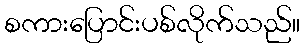
စကားပြောင်းပစ်လိုက်သည်။